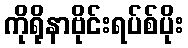
ကိုရိုနာဗိုင်းရပ်စ်ပိုး